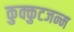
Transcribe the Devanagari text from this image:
कुक्कुटजन्म